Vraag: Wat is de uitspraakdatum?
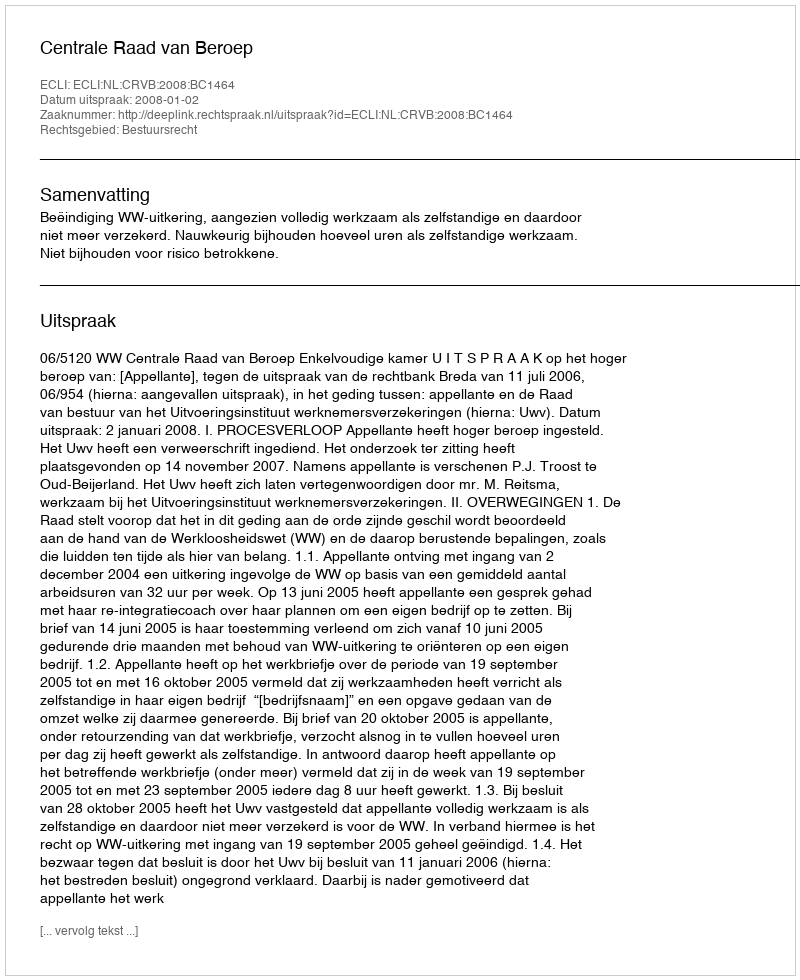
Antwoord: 2008-01-02